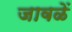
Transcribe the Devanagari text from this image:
जावळें